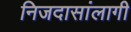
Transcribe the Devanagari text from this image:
निजदासांलागी